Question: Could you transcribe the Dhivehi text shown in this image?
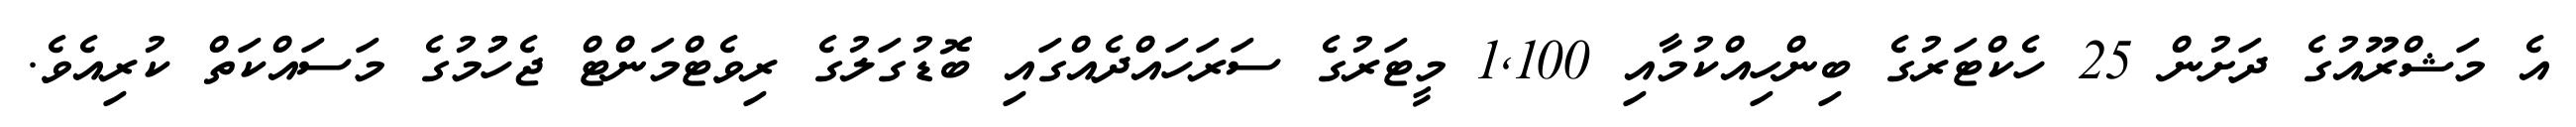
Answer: އެ މަޝްރޫއުގެ ދަށުން 25 ހެކްޓަރުގެ ބިންހިއްކުމާއި 1,100 މީޓަރުގެ ސަރަހައްދެއްގައި ބޮޑުގަލުގެ ރިވެޓްމަންޓް ޖެހުުމުގެ މަސައްކަތް ކުރިއެވެ.